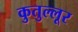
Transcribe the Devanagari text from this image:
कुतुल्लूर